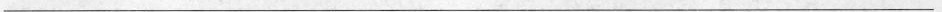
___